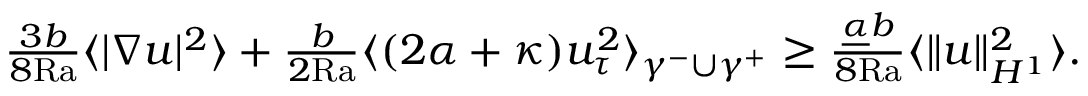
\begin{array} { r } { \frac { 3 b } { 8 \mathrm { { R a } } } \langle | \nabla u | ^ { 2 } \rangle + \frac { b } { 2 \mathrm { { R a } } } \langle ( 2 \alpha + \kappa ) u _ { \tau } ^ { 2 } \rangle _ { \gamma ^ { - } \cup \gamma ^ { + } } \geq \frac { \underline { { \alpha } } b } { 8 \mathrm { { R a } } } \langle \| u \| _ { H ^ { 1 } } ^ { 2 } \rangle . } \end{array}